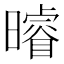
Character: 𭨈